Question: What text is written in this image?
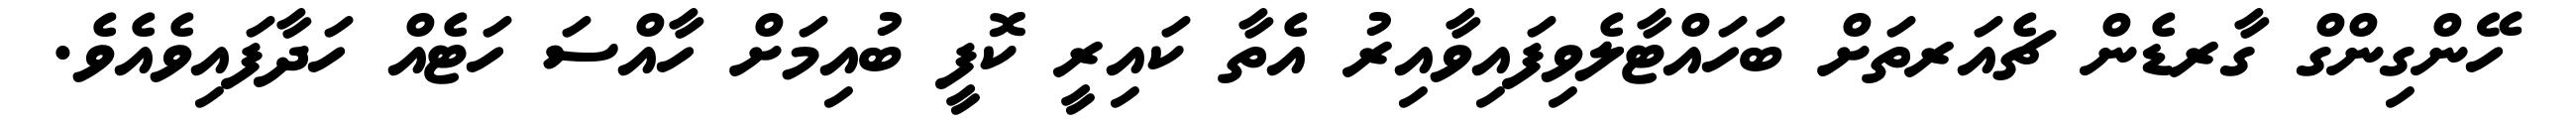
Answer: ހޭންގިންގް ގާރޑެން ޗެއަރތަށް ބަހައްޓާލެވިފައިވާއިރު އެތާ ކައިރީ ކޮފީ ބުއިމަށް ހާއްސަ ހަޓެއް ހަދާފައިވެއެވެ.